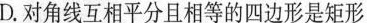
D.对角线互相平分且相等的四边形是矩形